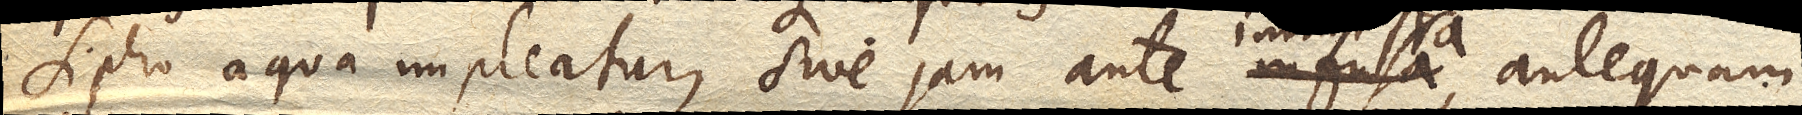
Sipho aqua impleatur, sive jam ante infusa , antequam